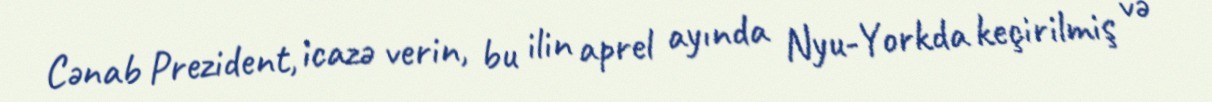
Cənab Prezident, icazə verin, bu ilin aprel ayında Nyu-Yorkda keçirilmiş və